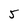
Character: 5